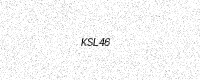
Text: KSL46